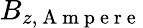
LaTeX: B_{z,\mathrm{~A~m~p~e~r~e~}}